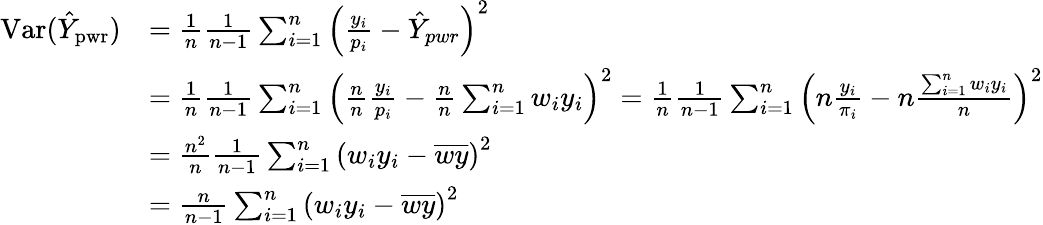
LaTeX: {\begin{array}{rl}{\operatorname{Var}({\hat{Y}}_{\mathrm{pwr}})}&{={\frac{1}{n}}{\frac{1}{n-1}}\sum_{i=1}^{n}\left({\frac{y_{i}}{p_{i}}}-{\hat{Y}}_{pwr}\right)^{2}}\\ &{={\frac{1}{n}}{\frac{1}{n-1}}\sum_{i=1}^{n}\left({\frac{n}{n}}{\frac{y_{i}}{p_{i}}}-{\frac{n}{n}}\sum_{i=1}^{n}w_{i}y_{i}\right)^{2}={\frac{1}{n}}{\frac{1}{n-1}}\sum_{i=1}^{n}\left(n{\frac{y_{i}}{\pi_{i}}}-n{\frac{\sum_{i=1}^{n}w_{i}y_{i}}{n}}\right)^{2}}\\ &{={\frac{n^{2}}{n}}{\frac{1}{n-1}}\sum_{i=1}^{n}\left(w_{i}y_{i}-{\overline{{wy}}}\right)^{2}}\\ &{={\frac{n}{n-1}}\sum_{i=1}^{n}\left(w_{i}y_{i}-{\overline{{wy}}}\right)^{2}}\end{array}}